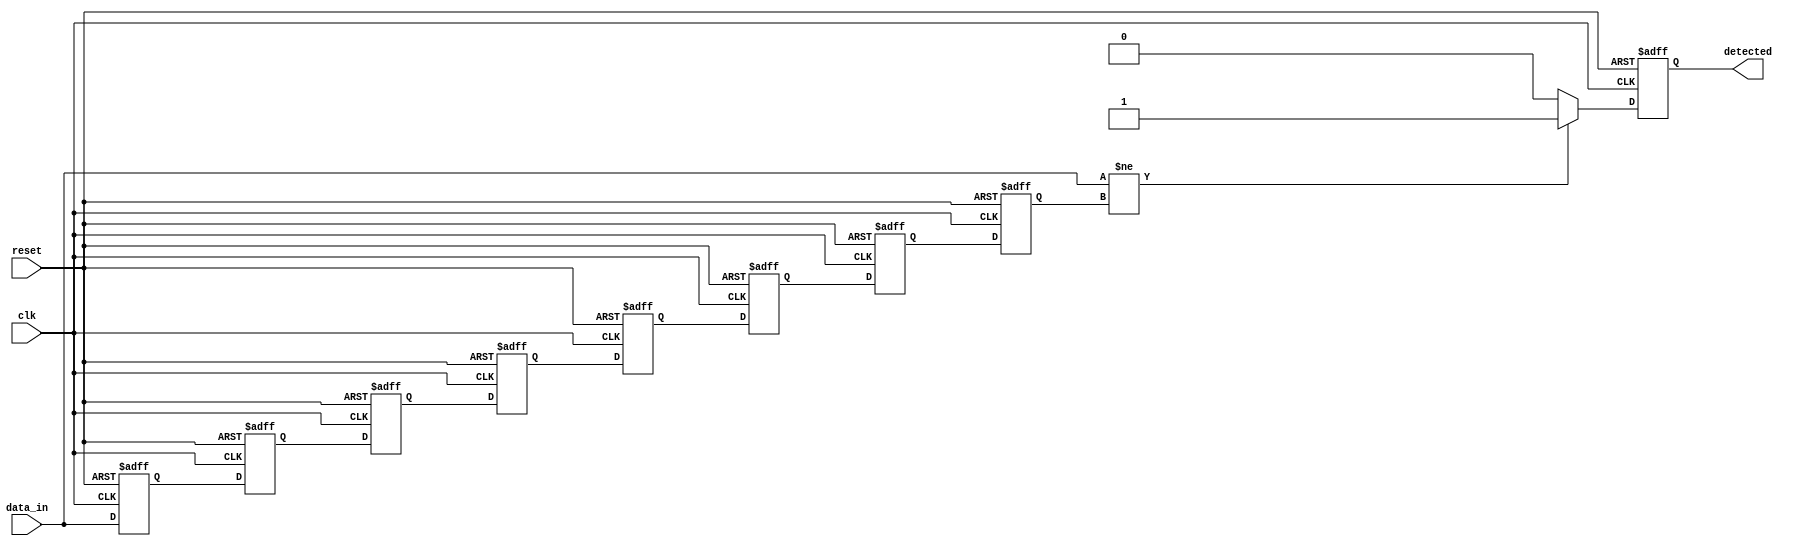
module delay_line_detector #(
    parameter DELAY_LINE_LENGTH = 8,  // Number of memory blocks
    parameter DATA_WIDTH = 8           // Width of the input signal
)(
    input wire clk,                    // Clock signal
    input wire reset,                  // Reset signal
    input wire [DATA_WIDTH-1:0] data_in, // Input signal
    output reg detected                 // Output signal indicating detection
);

    // Memory blocks (delay line)
    reg [DATA_WIDTH-1:0] delay_line [0:DELAY_LINE_LENGTH-1];
    
    integer i;

    // Process to sample the input and manage the delay line
    always @(posedge clk or posedge reset) begin
        if (reset) begin
            // Reset all memory blocks
            for (i = 0; i < DELAY_LINE_LENGTH; i = i + 1) begin
                delay_line[i] <= 0;
            end
            detected <= 0;
        end else begin
            // Shift the samples through the delay line
            for (i = DELAY_LINE_LENGTH-1; i > 0; i = i - 1) begin
                delay_line[i] <= delay_line[i-1];
            end
            // Store the current sample in the first memory block
            delay_line[0] <= data_in;

            // Comparator logic to detect phase/frequency variations
            // Example: Compare current sample with the last sample in the delay line
            if (data_in != delay_line[DELAY_LINE_LENGTH-1]) begin
                detected <= 1; // Indicate a detected change
            end else begin
                detected <= 0; // No change detected
            end
        end
    end

endmodule